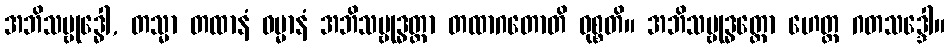
အဘိသမ္ဗုဒ္ဓေါ, တသ္မာ တထာနံ ဓမ္မာနံ အဘိသမ္ဗုဒ္ဓတ္တာ တထာဂတောတိ ဝုစ္စတိ။ အဘိသမ္ဗုဒ္ဓတ္ထော ဟေတ္ထ ဂတသဒ္ဒေါ။